Annual report of the Prince of Wales Medical College, Patna
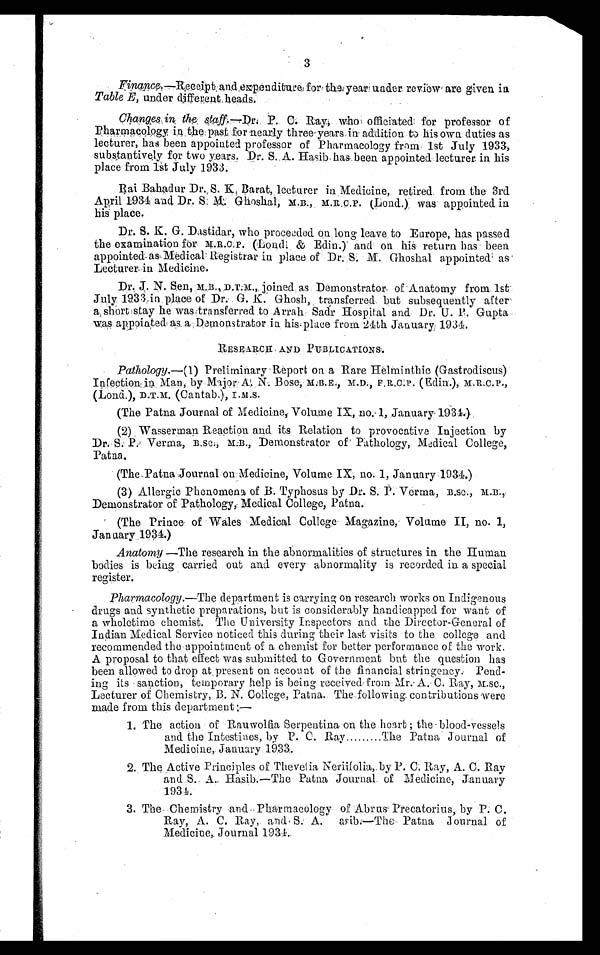
3
Finance.—Receipt and expenditure for the year under review are given in
Table E, under different heads.
Changes in the staff.— Dr. P. C. Ray who, officiated for professor of
Pharmacology in the past for nearly three-years in addition to his own duties as
lecturer, has been appointed professor of Pharmacology from 1st July 1933,
substantively for two years. Dr. S. A. Hasib has been appointed lecturer in his
place from 1st July 1933.
Rai Bahadur Dr. S. K, Barat, lecturer in Medicine, retired from the 3rd
April 1934 and Dr. S. M. Ghoshal, M.B., M.R.C.P. (Lond.) was appointed in
his place.
Dr. S. K . G. Dastidar, who proceeded on long leave to Europe, has passed
the examination for M.R.C.P . (Lond & Edin.) and on his return has been
appointed as Medical Registrar in place of Dr. S. M. Ghoshal appointed as
Lecturer in Medicine.
Dr. J. N. Sen, M. B. , D. T. M. , j oi ned as Demonst rat or of Anat omy from 1st
July 1933 in place of Dr. G. K. Ghosh, transferred but subsequently after
a, short stay he was transferred to Arrah Sadr Hospital and Dr. U. P. Gupta
was appointed as a Demonstrator is his place from 24th January 1934.
RESEARCH ANT PUBLICATIONS.
Pathology.— (1) Preliminary Report on a Rare Helminthic (Gastrodiscus)
Infection in Man, by Major
A.N. Bose, M.B.E., M.D., F,R.C.P., (Edin.), M.R.C.P.,
(Lond.), D.T.M. (Cantab.), I.M.S.
(The Patna Journal of Medicine, Volume IX, no.1, January- 1934.)
(2) Wasserman Reaction and. its Relation to provocative Injection by
D r . S . P . V e r m a , B . s c . , M . B . , D e m o n s t r a t o r o f P a t h o l o g y , M e d i c a l C o l l e g e ,
Patna.
(The Patna Journal of Medicine, Volume IX, no. 1; January 1934.)
(3) Allergic Phenomena of B . Typhosus by Dr. S. P. Verma, B.Sc., M.B.,
Demonstrator of Pathology, Medical College, Patna.
(The Prince of Wales Medical College Magazine, Volume II, no. 1,
January 1934.)
Anatomy —The research in the abnormalities of structures in the Human
bodies is being carried out and every abnormality is recorded in a special
register.
Pharmacology.—The department is carrying on research works on Indigenous
drugs and synthetic preparations, but is considerably handicapped for want of
a wholetime chemist. The University Inspectors and the Director-General of
Indian Medical Service noticed this during their last visits to the college and
recommended the appointment of a chemist for better performance of the work.
A proposal to that effect was submitted. to Government but the question has
been allowed to drop at present on account of the financial stringency. Pend-
ing its sanction, temporary help is being received from. Mr. A. C. Ray, M.sc.,
Lecturer of Chemistry, B. N. College, Patna. The following contributions were
made from this department :—
1. The action of Rauwolfia Serpentina on the heart ; the- blood-vessels
and the Intestines, by P. C. Ray
The Patna Journal of
Medicine, January 1933.
2. The Active Principles of Thevetia Neriifolia, by P. C. Ray, A. C. Ray
and S. A. Hasib.—The Patna journal of Medicine, January
1934.
3. The Chemistry and Pharmacology of Abrus Precatorius, by P. C.
Ray, A. C. Ray, and S. A. asib—The Patna journal of
Medicine, Journal 1934.